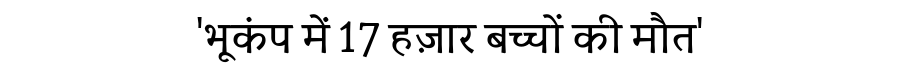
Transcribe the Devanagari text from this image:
'भूकंप में 17 हज़ार बच्चों की मौत'